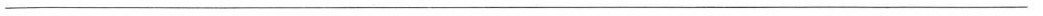
___